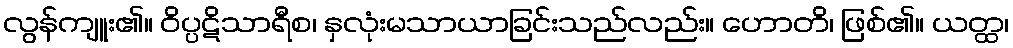
လွန်ကျူး၏။ ဝိပ္ပဋိသာရီစ၊ နှလုံးမသာယာခြင်းသည်လည်း။ ဟောတိ၊ ဖြစ်၏။ ယတ္ထ၊